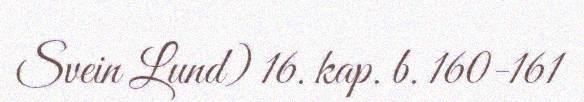
Svein Lund) 16. kap. b. 160-161